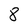
Character: 8